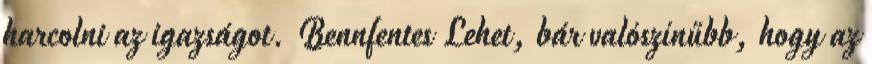
harcolni az igazságot. Bennfentes Lehet, bár valószínűbb, hogy az